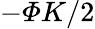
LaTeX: -\varPhi K/2